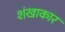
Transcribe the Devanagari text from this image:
शंखाकार